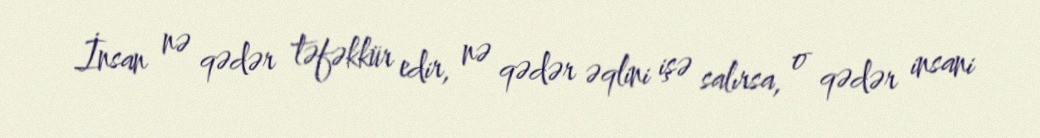
İnsan nə qədər təfəkkür edir, nə qədər əqlini işə salırsa, o qədər insani